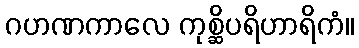
ဂဟဏကာလေ ကုစ္ဆိပရိဟာရိကံ။